38_143685_box_Incident_Summaries_173-233
Agency: Department of War
Page 41
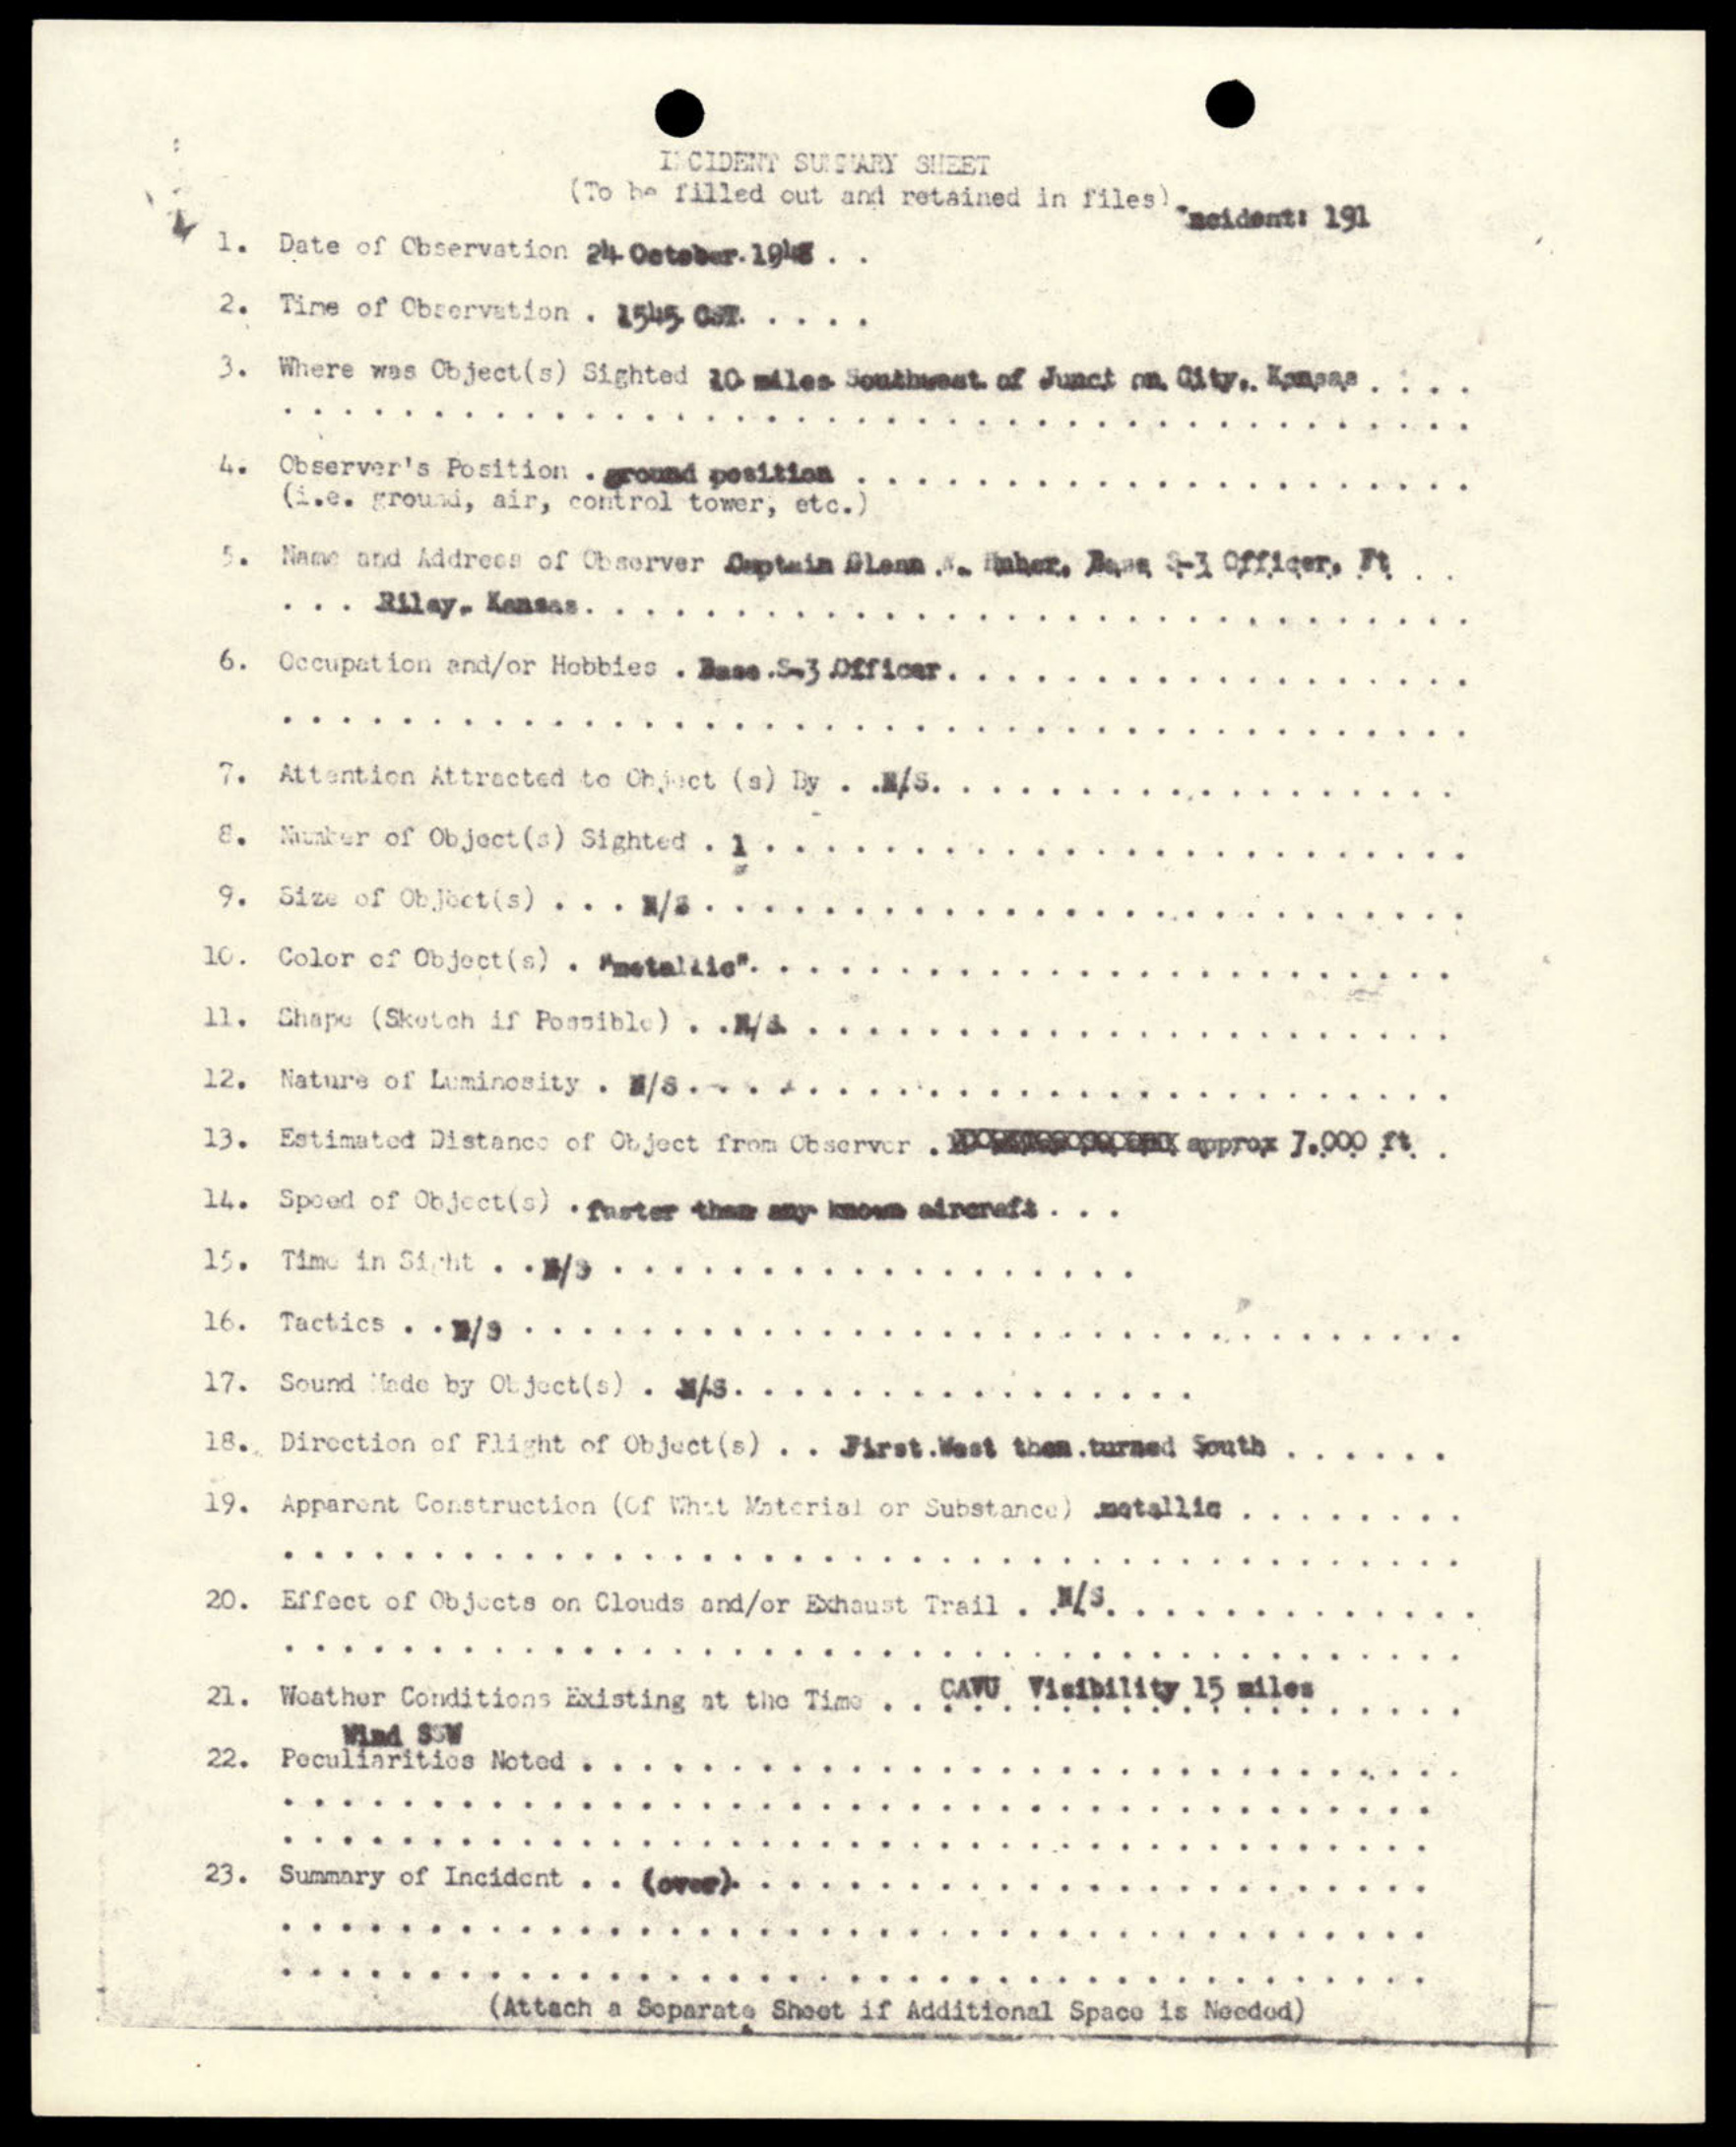